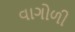
વાગોળી